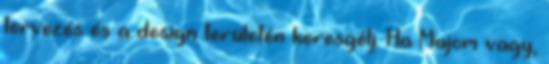
tervezés és a design területén keresgélj. Ha Majom vagy,